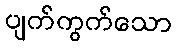
ပျက်ကွက်သော